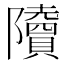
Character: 𨽤